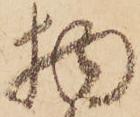
物